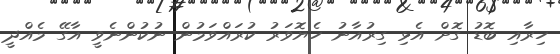
ހިރާއި ބޮޑު ގޮށް އެޅި ގިރުއާނު ހެޔޮވަރު ކުރައްވަމުން ނުކުންނެވީ އާގޭ މެއްދީ